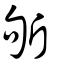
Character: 斪